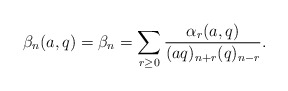
\begin{align*}\beta_n(a,q)=\beta_n=\sum_{r\ge0}\frac{\alpha_r(a,q)}{(aq)_{n+r}(q)_{n-r}}.\end{align*}